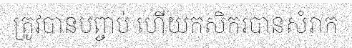
ត្រូវបានបព្ចាប់ ហើយកសិករបានសំរាក